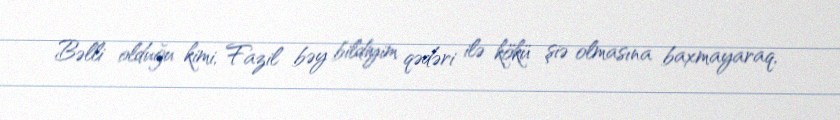
Bəlli olduğu kimi, Fazil bəy bildiyim qədəri ilə kökü şiə olmasına baxmayaraq,